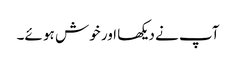
آپ نے دیکھا اور خوش ہو ئے۔